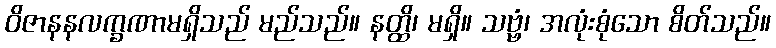
ဝိဇာနနလက္ခဏာမရှိသည် မည်သည်။ နတ္ထိ၊ မရှိ။ သဗ္ဗံ၊ အလုံးစုံသော စိတ်သည်။